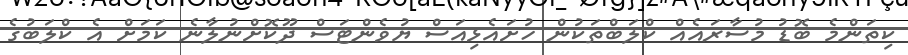
ކިތަންމެ ބޮޑު މުސާރައެއް ކްލަބްތަކުން ހުށައެޅިއަސް ޔުވެންޓަސް ދޫކޮށްނުލާނެ ކަމަށް އެ ކްލަބުގެ